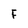
Character: F